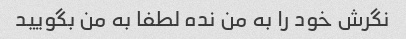
نگرش خود را به من نده لطفا به من بگویید